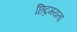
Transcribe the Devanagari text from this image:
छिद्रमयता